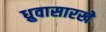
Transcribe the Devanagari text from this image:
ध्रुवासारखे